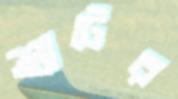
শ্যুটের